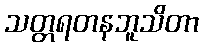
သတ္တရတနဘူသိတာ